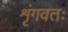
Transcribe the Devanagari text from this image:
शृंगवतः